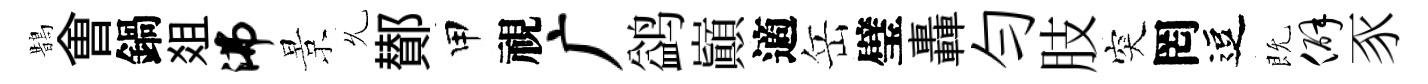
鵲㑹鍋爼沸景𠃔鄼甲視广鹢巔適岳璧轟勻肢突罔逗既僻豕